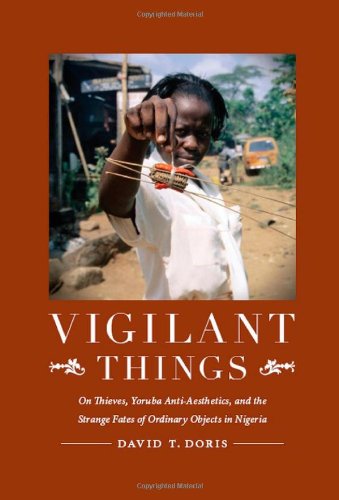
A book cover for Vigilant Things: On Thieves, Yoruba Anti-Aesthetics, and The Strange Fates of Ordinary Objects in Nigeria; David Doris; History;